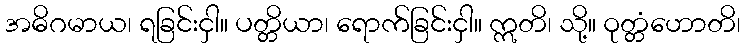
အဓိဂမာယ၊ ရခြင်းငှါ။ ပတ္တိယာ၊ ရောက်ခြင်းငှါ။ ဣတိ၊ သို့။ ဝုတ္တံဟောတိ၊